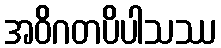
အဝိဂတပိပါသဿ